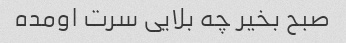
صبح بخیر چه بلایی سرت اومده